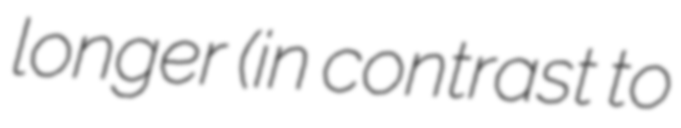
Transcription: longer (in contrast to